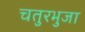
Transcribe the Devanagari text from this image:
चतुरभुजा